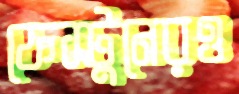
ফেস্টুনেরও